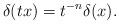
LaTeX: \begin{align*}\delta(tx)=t^{-n}\delta(x).\end{align*}